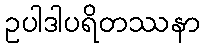
ဥပါဒါပရိတဿနာ